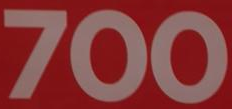
700